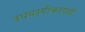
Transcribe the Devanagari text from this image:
उपवर्गीकरणही